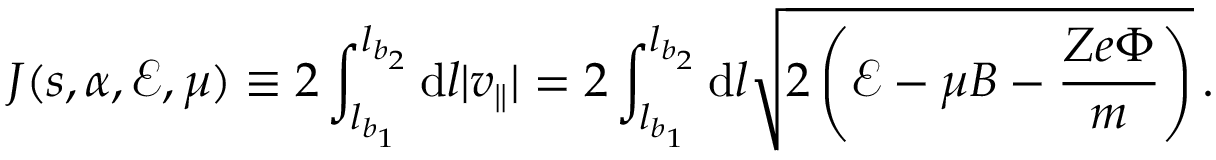
J ( s , \alpha , \mathcal { E } , \mu ) \equiv 2 \int _ { l _ { b _ { 1 } } } ^ { l _ { b _ { 2 } } } \mathrm { d } l | v _ { \parallel } | = 2 \int _ { l _ { b _ { 1 } } } ^ { l _ { b _ { 2 } } } \mathrm { d } l \sqrt { 2 \left( \mathcal { E } - \mu B - \frac { Z e \Phi } { m } \right) } \, .